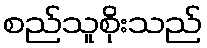
စည်သူစိုးသည်